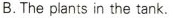
B.The plants in the tank.